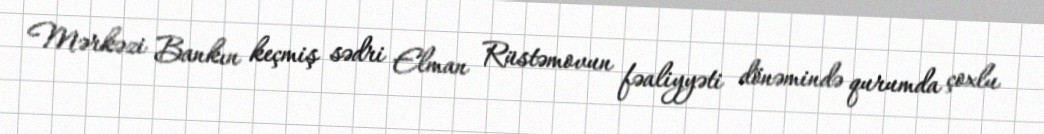
Mərkəzi Bankın keçmiş sədri Elman Rüstəmovun fəaliyyəti dönəmində qurumda çoxlu